Lunatic asylums Madras 1892-1911 - 1892-1911
Year: 1892
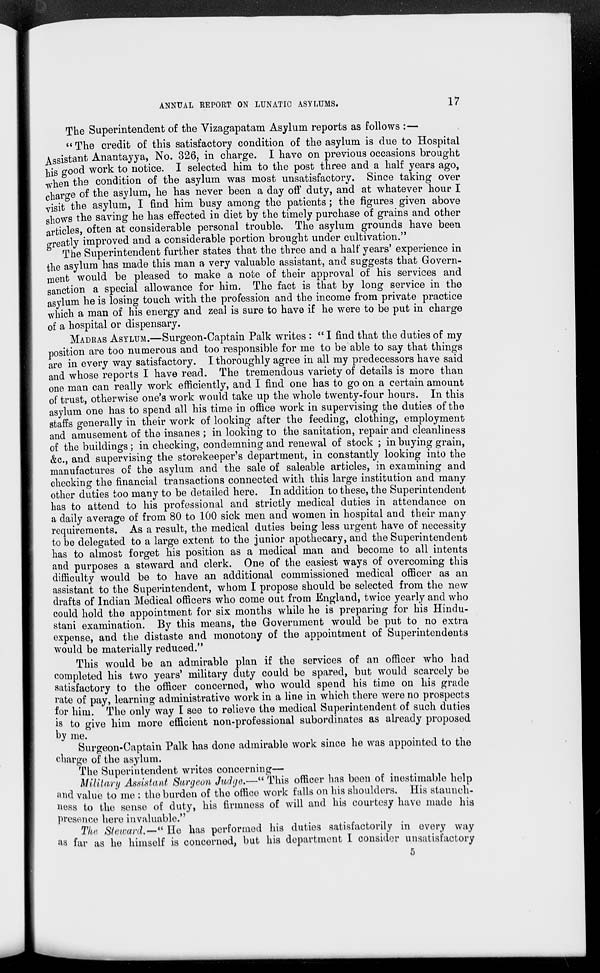
ANNUAL REPORT ON LUNATIC ASYLUMS.
17
The Superintendent of the Vizagapatam Asylum reports as follows :—
" The credit of this satisfactory condition of the asylum is due to Hospital
Assistant Anantayya, No. 326, in charge. I have on previous occasions brought
his good work to notice. I selected him to the post three and a half years ago,
-when th9 condition of the asylum was most unsatisfactory. Since taking over
charge of the asylum, he has never been a day oft" duty, and at whatever hour I
visit the asylum, I find him busy among the patients; the figures given above
shows the saving he has effected in diet by the timely purchase of grains and other
articles, often at considerable personal trouble. The asylum grounds have been
greatly improved and a considerable portion brought under cultivation."
The Superintendent further states that the three and a half years' experience in
the asylum has made this man a very valuable assistant, and suggests that Govern-
ment would be pleased to make a note of their approval of his services and
sanction a special allowance for him. The fact is that by long service in the
asylum he is losing touch with the profession and the income from private practice
which a man of his energy and zeal is sure to have if he were to be put in charge
of a hospital or dispensary.
MADRAS ASYLUM.—Surgeon-Captain Palk writes : " I find that the duties of my
position are too numerous and too responsible for me to be able to say that things
are in every way satisfactory. I thoroughly agree in all my predecessors have said
and whose reports I have read. The tremendous variety of details is more than
one man can really work efficiently, and I find one has to go on a certain amount
of trust, otherwise one's work would take up the whole twenty-four hours. In this
asylum one has to spend all his time in office work in supervising the duties of the
staffs generally in their work of looking after the feeding, clothing, employment
and amusement of the insanes ; in looking to the sanitation, repair and cleanliness
of the buildings; in checking, condemning and renewal of stock ; in buying grain,
&c, and supervising the storekeeper's department, in constantly looking into the
manufactures of the asylum and the sale of saleable articles, in examining and
checking the financial transactions connected with this large institution and many
other duties too many to be detailed here. In addition to these, the Superintendent
has to attend to his professional and strictly medical duties in attendance on
a daily average of from 80 to 100 sick men and women in hospital and their many
requirements. As a result, the medical duties being less urgent have of necessity
to be delegated to a large extent to the junior apothecary, and the Superintendent
has to almost forget his position as a medical man and become to all intents
and purposes a steward and clerk. One of the easiest ways of overcoming this
difficulty would be to have an additional commissioned medical officer as an
assistant to the Superintendent, whom I propose should be selected from the new
drafts of Indian Medical officers who come out from England, twice yearly and who
could hold the appointment for six months while he is preparing for his Hindu-
stani examination. By this means, the Government would be put to no extra
expense, and the distaste and monotony of the appointment of Superintendents
would be materially reduced."
This would be an admirable plan if the services of an officer who had
completed his two years' military duty could be spared, but would scarcely be
satisfactory to the officer concerned, who w r ould spend his time on his grade
rate of pay, learning administrative work in a line in which there were no prospects
for him. The only way I see to relieve the medical Superintendent of such duties
is to give him more efficient non-professional subordinates as already proposed
by me.
Surgeon-Captain Palk has done admirable work since he was appointed to the
charge of the asylum.
The Superintendent writes concerning—
Military Assistant Surgeon Judge,—" This officer has been of inestimable help
and value to me : the burden of the office work falls on his shoulders. His staunch-
ness to the sense of duty, his firmness of will and his courtesy have made his
presence here invaluable."
The Steward,—" He has performed his duties satisfactorily in every way
aa far as he himself is concerned, but his department I consider unsatisfactory